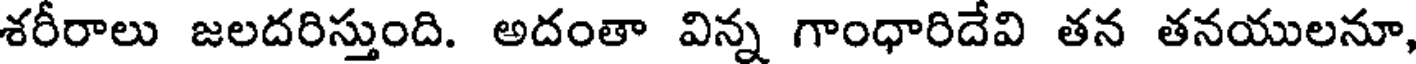
శరీరాలు జలదరిస్తుంది. అదంతా విన్న గాంధారిదేవి తన తనయులనూ,